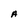
Character: A